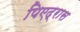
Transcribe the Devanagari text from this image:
पिएद्रास